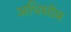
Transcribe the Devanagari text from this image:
अधिसीम